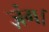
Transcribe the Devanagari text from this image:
ज़ंग।